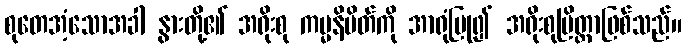
စုတေအံ့သောအခါ နွားတို့၏ အရိုးစု ကမ္မနိမိတ်ကို အာရုံပြု၍ အရိုးစုပြိတ္တာဖြစ်သည်။